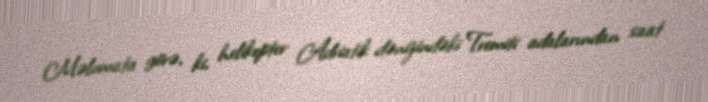
Məlumata görə, ki, helikopter Adriatik dənizindəki Tremiti adalarından saat